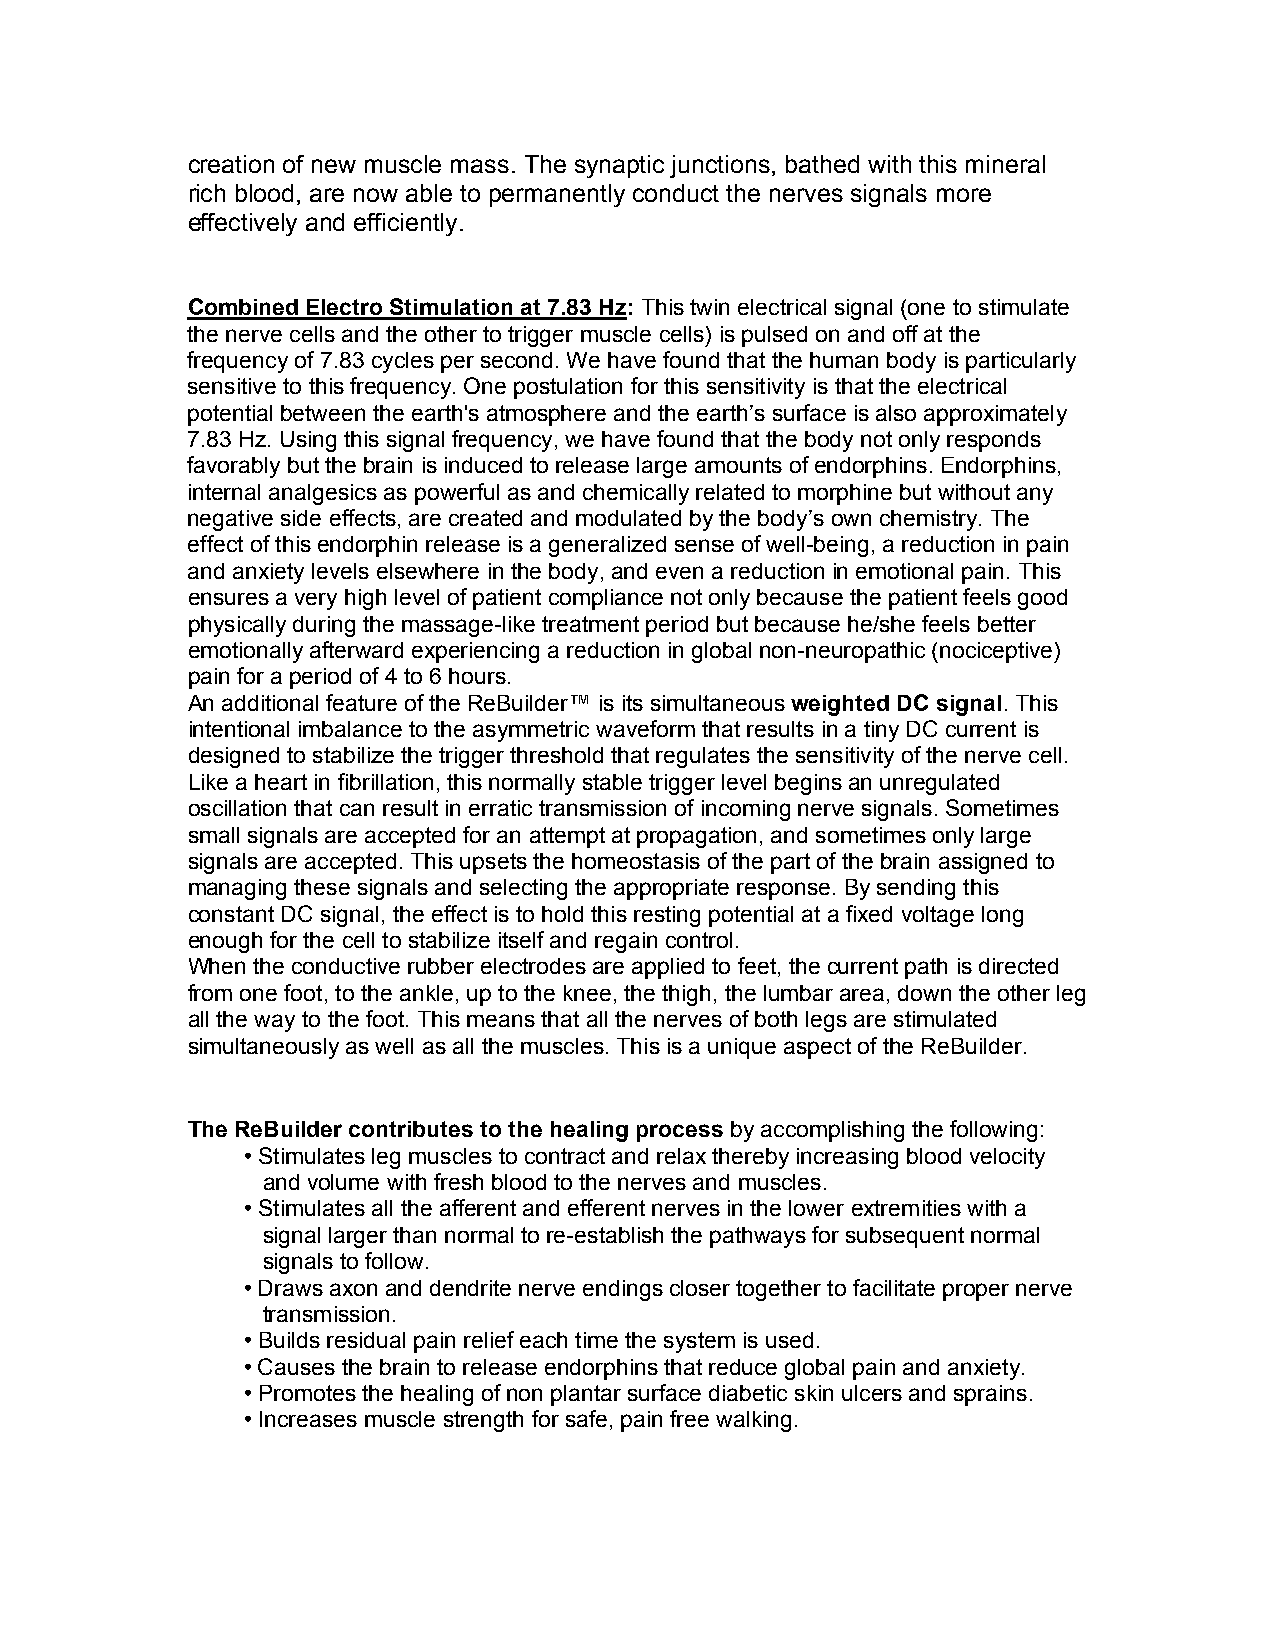
creation of new muscle mass. The synaptic junctions, bathed with this mineral
 rich blood, are now able to permanently conduct the nerves signals more
 effectively and efficiently.
 Combined Electro Stimulation at 7.83 Hz: This twin electrical signal (one to stimulate
 the nerve cells and the other to trigger muscle cells) is pulsed on and off at the
 frequency of 7.83 cycles per second. We have found that the human body is particularly
 sensitive to this frequency. One postulation for this sensitivity is that the electrical
 potential between the earth's atmosphere and the earth’s surface is also approximately
 7.83 Hz. Using this signal frequency, we have found that the body not only responds
 favorably but the brain is induced to release large amounts of endorphins. Endorphins,
 internal analgesics as powerful as and chemically related to morphine but without any
 negative side effects, are created and modulated by the body’s own chemistry. The
 effect of this endorphin release is a generalized sense of well-being, a reduction in pain
 and anxiety levels elsewhere in the body, and even a reduction in emotional pain. This
 ensures a very high level of patient compliance not only because the patient feels good
 physically during the massage-like treatment period but because he/she feels better
 emotionally afterward experiencing a reduction in global non-neuropathic (nociceptive)
 pain for a period of 4 to 6 hours.
 An additional feature of the ReBuilder™ is its simultaneous weighted DC signal. This
 intentional imbalance to the asymmetric waveform that results in a tiny DC current is
 designed to stabilize the trigger threshold that regulates the sensitivity of the nerve cell.
 Like a heart in fibrillation, this normally stable trigger level begins an unregulated
 oscillation that can result in erratic transmission of incoming nerve signals. Sometimes
 small signals are accepted for an attempt at propagation, and sometimes only large
 signals are accepted. This upsets the homeostasis of the part of the brain assigned to
 managing these signals and selecting the appropriate response. By sending this
 constant DC signal, the effect is to hold this resting potential at a fixed voltage long
 enough for the cell to stabilize itself and regain control.
 When the conductive rubber electrodes are applied to feet, the current path is directed
 from one foot, to the ankle, up to the knee, the thigh, the lumbar area, down the other leg
 all the way to the foot. This means that all the nerves of both legs are stimulated
 simultaneously as well as all the muscles. This is a unique aspect of the ReBuilder.
 The ReBuilder contributes to the healing process by accomplishing the following:
 • Stimulates leg muscles to contract and relax thereby increasing blood velocity
 and volume with fresh blood to the nerves and muscles.
 • Stimulates all the afferent and efferent nerves in the lower extremities with a
 signal larger than normal to re-establish the pathways for subsequent normal
 signals to follow.
 • Draws axon and dendrite nerve endings closer together to facilitate proper nerve
 transmission.
 • Builds residual pain relief each time the system is used.
 • Causes the brain to release endorphins that reduce global pain and anxiety.
 • Promotes the healing of non plantar surface diabetic skin ulcers and sprains.
 • Increases muscle strength for safe, pain free walking.